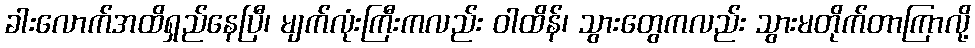
ခါးလောက်အထိရှည်နေပြီ၊ မျက်လုံးကြီးကလည်း ဝါထိန်၊ သွားတွေကလည်း သွားမတိုက်တာကြာလို့